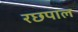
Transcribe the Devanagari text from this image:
रछपाल